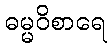
ဓမ္မဝိစာရေ